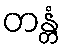
တန္တံ